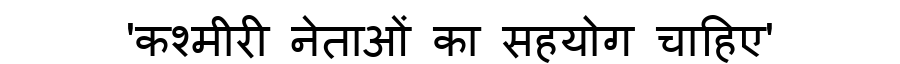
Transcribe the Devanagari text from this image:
'कश्मीरी नेताओं का सहयोग चाहिए'